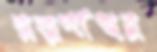
রত্নপাথর